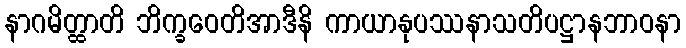
နာဂမိတ္ထာတိ ဘိက္ခဝေတိအာဒီနိ ကာယာနုပဿနာသတိပဋ္ဌာနဘာဝနာ